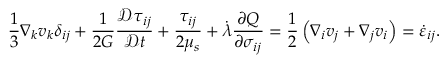
\frac { 1 } { 3 } \nabla _ { k } v _ { k } \delta _ { i j } + \frac { 1 } { 2 G } \frac { \mathcal { D } \tau _ { i j } } { \mathcal { D } t } + \frac { \tau _ { i j } } { 2 \mu _ { s } } + \dot { \lambda } \frac { \partial Q } { \partial \sigma _ { i j } } = \frac { 1 } { 2 } \left( \nabla _ { i } v _ { j } + \nabla _ { j } v _ { i } \right) = \dot { \varepsilon } _ { i j } .